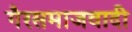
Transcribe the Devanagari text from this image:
गैरसमाजवादी